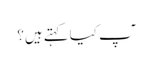
ٓپ کیا کہتے ہیں؟